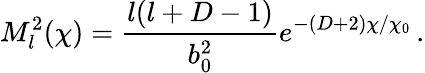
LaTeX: M_{l}^{2}(\chi)=\frac{l(l+D-1)}{b_{0}^{2}}e^{-(D+2)\chi/\chi_{0}}\, .